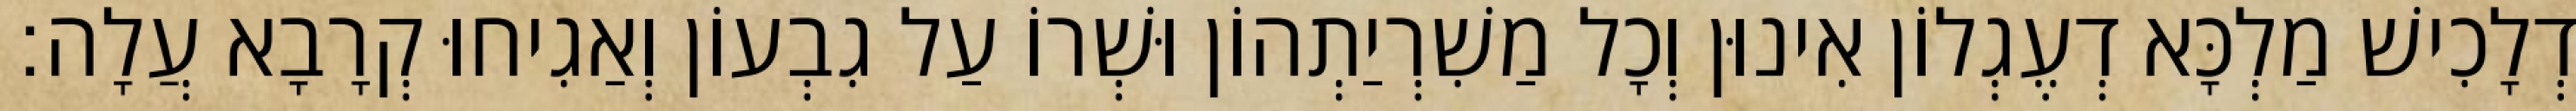
דְלָכִישׁ מַלְכָּא דְעֶגְלוֹן אִינוּן וְכָל מַשִׁרְיַתְהוֹן וּשְׁרוֹ עַל גִבְעוֹן וְאַגִיחוּ קְרָבָא עֲלָה׃